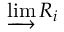
\varinjlim R _ { i }